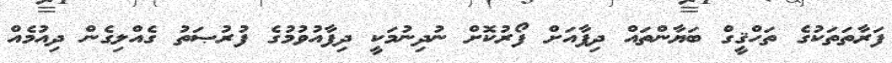
ފަރާތަތަކުގެ ތަހްޤީގް ބަޔާންތައް ދިފާއަށް ފޯރުކޮށް ނުދިނުމަކީ ދިފާއުވުމުގެ ފުރުޞަތު ގެއްލިގެން ދިއުމެއް